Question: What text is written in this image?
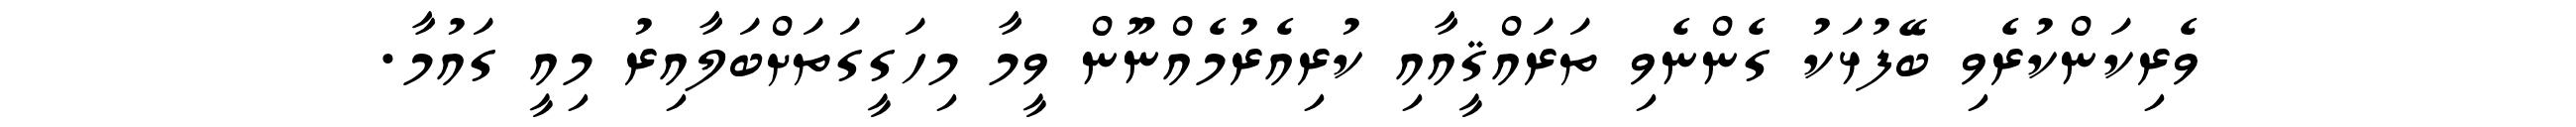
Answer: ވެރިކަންކުރެވި ބޭފުޅަކު ގެންނެވި ތަރައްޤީއާއި ކުރިއެރުމެއްނޫން ވީމާ މިހަގީގަތަށްބަލާއިރު މިއީ ގައުމާ.